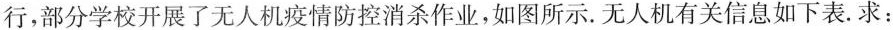
行，部分学校开展了无人机疫情防控消杀作业，如图所示。无人机有关信息如下表。求: